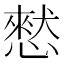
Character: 憖